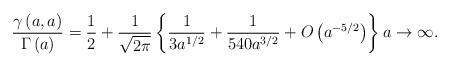
LaTeX: \begin{align*}\frac{\gamma\left( a,a\right) }{\Gamma\left( a\right) }=\frac{1}{2}+\frac{1}{\sqrt{2\pi}}\left\{ \frac{1}{3a^{1/2}}+\frac{1}{540a^{3/2}}+O\left( a^{-5/2}\right) \right\} a\rightarrow\infty.\end{align*}